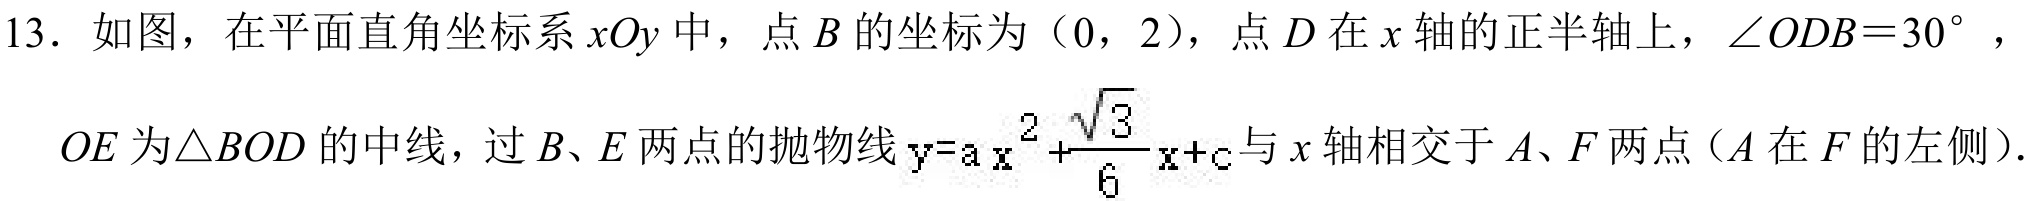
13. 如图，在平面直角坐标系$xOy$中，点$B$的坐标为$(0,2)$，点$D$在$x$轴的正半轴上，$\angle ODB = 30^{\circ}$，
$OE$为$\triangle BOD$的中线，过$B、E$两点的抛物线$y = ax^{2}+\frac{\sqrt{3}}{6}x + c$与$x$轴相交于$A、F$两点（$A$在$F$的左侧）.